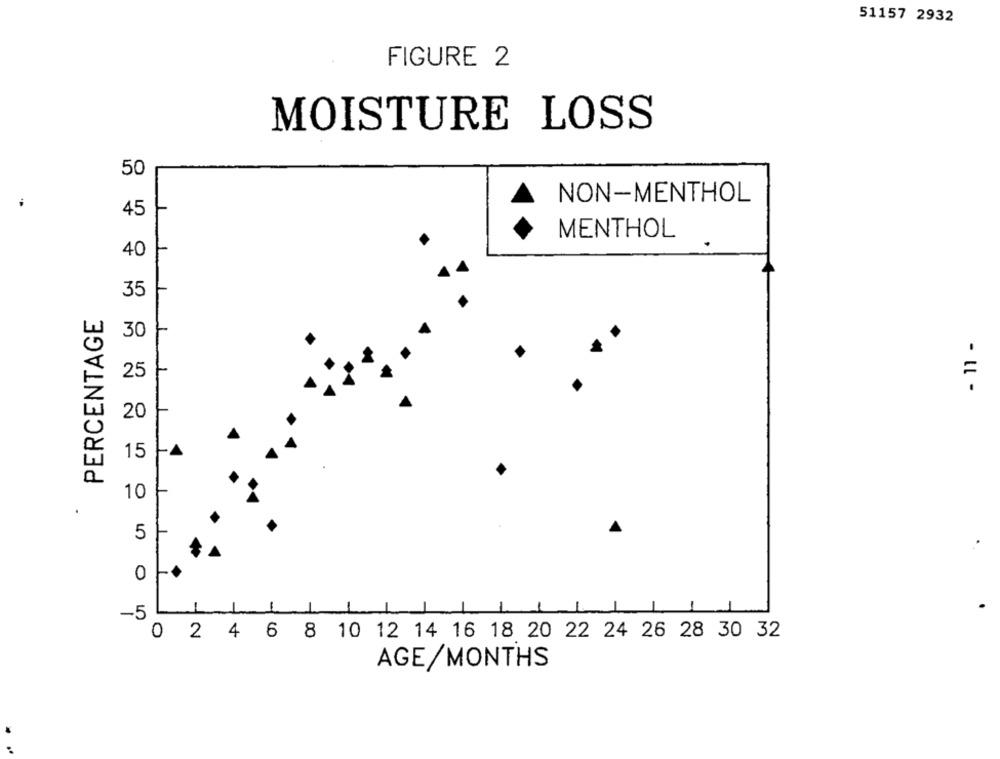
51157 2932
FIGURE 2
MOISTURE LOSS
50
NON-MENTHOL
45
MENTHOL
40
35
PERCENTAGE
30
=
25
20
15
10
5
0
T
-5
0 2 4 6 8 10 12 14 16 18 20 22 24 26 28 30 32
AGE/MONTHS